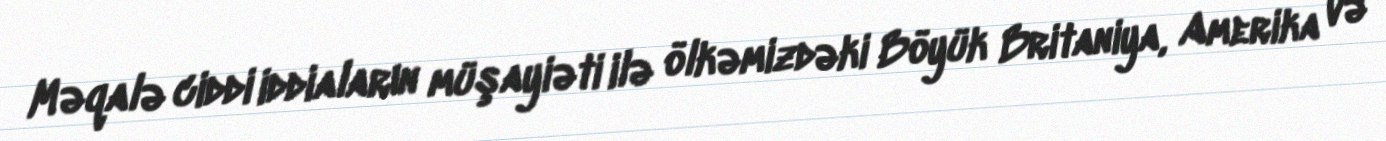
Məqalə ciddi iddiaların müşayiəti ilə ölkəmizdəki Böyük Britaniya, Amerika və